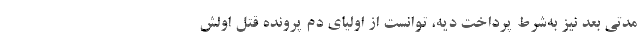
مدتی بعد نیز به‌شرط پرداخت دیه، توانست از اولیای دم پرونده قتل اولش